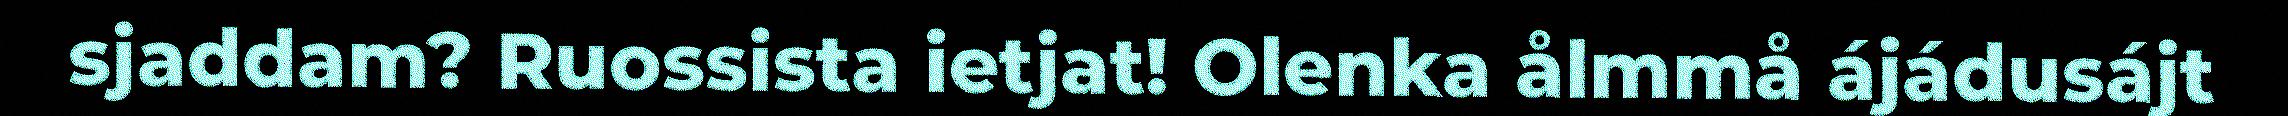
sjaddam? Ruossista ietjat! Olenka ålmmå ájádusájt